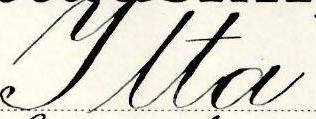
Ilta